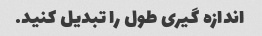
اندازه گیری طول را تبدیل کنید.